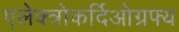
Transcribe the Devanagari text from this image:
एलेक्त्रोकर्दिओग्रफ्य